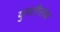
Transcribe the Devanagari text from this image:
युवतीसंघ